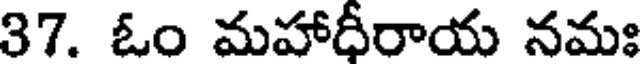
37. ఓం మహాధీరాయ నమః